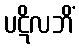
ပဋိလဘိံ